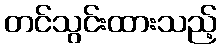
တင်သွင်းထားသည့်